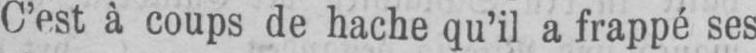
C’est à coups de hache qu’il a frappé ses